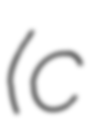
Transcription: (c